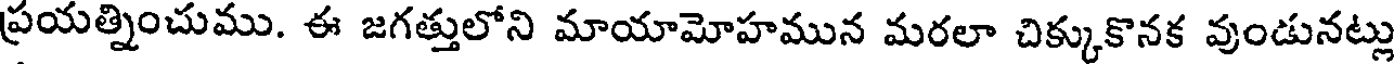
ప్రయత్నించుము. ఈ జగత్తులోని మాయామోహమున మరలా చిక్కుకొనక వుండునట్లు